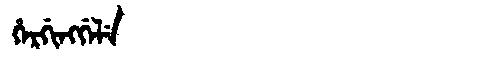
Manchu: ᡥᡝᡵᡤᡳᠩᡤᡝᠯᡝ
Romanization: HERGINGGELE